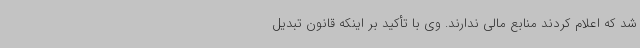
شد که اعلام کردند منابع مالی ندارند. وی با تأکید بر اینکه قانون تبدیل